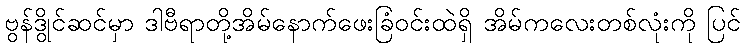
ဗွန်ဒွိုင်ဆင်မှာ ဒါဗီရာတို့အိမ်နောက်ဖေးခြံဝင်းထဲရှိ အိမ်ကလေးတစ်လုံးကို ပြင်